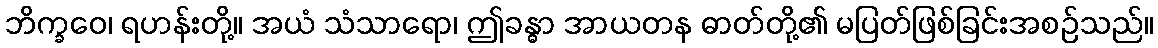
ဘိက္ခဝေ၊ ရဟန်းတို့။ အယံ သံသာရော၊ ဤခန္ဓာ အာယတန ဓာတ်တို့၏ မပြတ်ဖြစ်ခြင်းအစဉ်သည်။